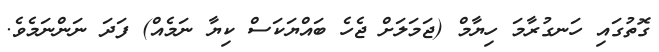
ގޮތުގައި ހަނގުރާމަ ހިޔާމް (ޖަމަލަށް ޖެހެ ބައްޔަކަސް ކިޔާ ނަމެއް) ފަދަ ނަންނަމެވެ.